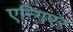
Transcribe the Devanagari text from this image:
एन्गिएर